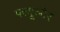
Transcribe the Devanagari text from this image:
फ्त्यूओर